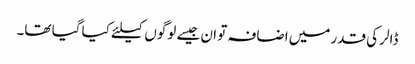
ڈالر کی قدر میں اضافہ تو ان جیسے لوگوں کیلئے کیا گیا تھا۔